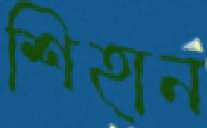
শিহান